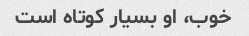
خوب، او بسیار کوتاه است